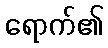
ရောက်၏